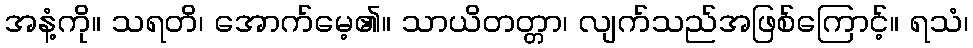
အနံ့ကို။ သရတိ၊ အောက်မေ့၏။ သာယိတတ္တာ၊ လျက်သည်အဖြစ်ကြောင့်။ ရသံ၊